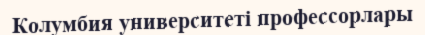
Колумбия университеті профессорлары